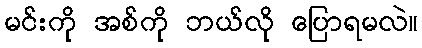
မင်းကို အစ်ကို ဘယ်လို ပြောရမလဲ။